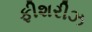
ફીશરીઝ